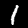
Label: 1